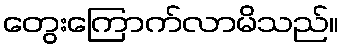
တွေးကြောက်လာမိသည်။